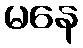
မနေ